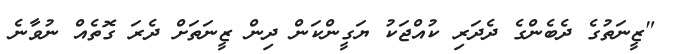
"ޒީނަތުގެ ދެބެންގެ ދެދަރި ކުއްޖަކު ޔަގީންކަން ދިން ޒީނަތަށް ދެރަ ގޮތެއް ނުވާނެ